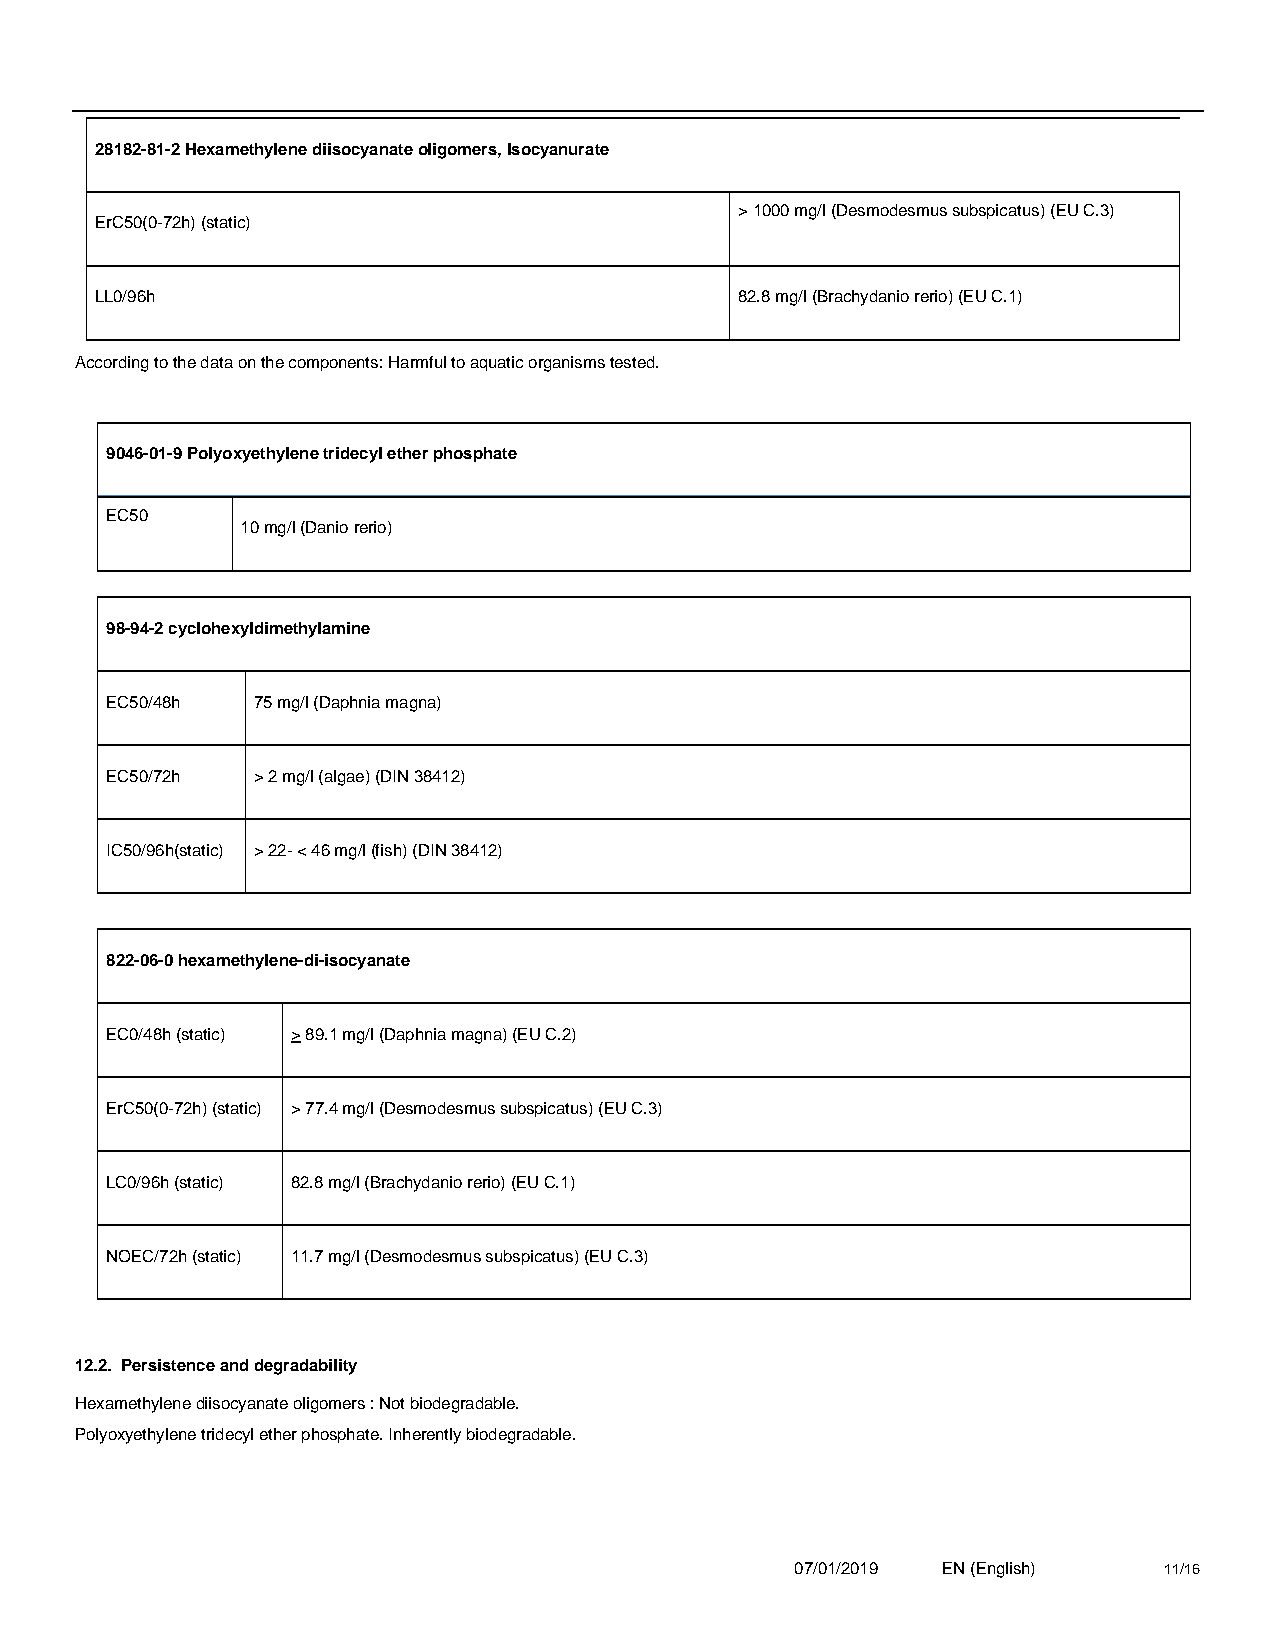
28182-81-2 Hexamethylene diisocyanate oligomers, Isocyanurate
 > 1000 mg/l (Desmodesmus subspicatus) (EU C.3)
 ErC50(0-72h) (static)
 LL0/96h                                    82.8 mg/l (Brachydanio rerio) (EU C.1)
 According to the data on the components: Harmful to aquatic organisms tested.
 9046-01-9 Polyoxyethylene tridecyl ether phosphate
 EC50
 10 mg/l (Danio rerio)
 98-94-2 cyclohexyldimethylamine
 EC50/48h  75 mg/l (Daphnia magna)
 EC50/72h  > 2 mg/l (algae) (DIN 38412)
 IC50/96h(static) > 22- < 46 mg/l (fish) (DIN 38412)
 822-06-0 hexamethylene-di-isocyanate
 EC0/48h (static) > 89.1 mg/l (Daphnia magna) (EU C.2)
 ErC50(0-72h) (static) > 77.4 mg/l (Desmodesmus subspicatus) (EU C.3)
 LC0/96h (static) 82.8 mg/l (Brachydanio rerio) (EU C.1)
 NOEC/72h (static) 11.7 mg/l (Desmodesmus subspicatus) (EU C.3)
 12.2. Persistence and degradability
 Hexamethylene diisocyanate oligomers : Not biodegradable.
 Polyoxyethylene tridecyl ether phosphate. Inherently biodegradable.
 07/01/2019 EN (English) 11/16